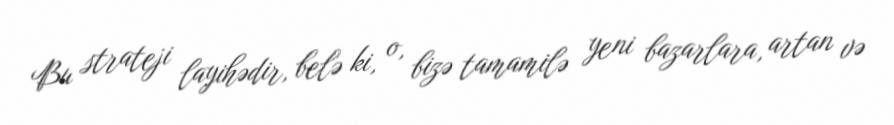
Bu strateji layihədir, belə ki, o, bizə tamamilə yeni bazarlara, artan və